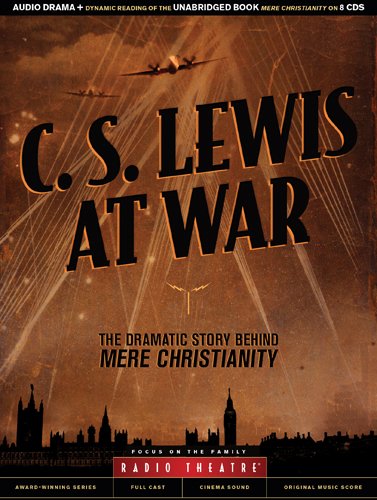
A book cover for C. S. Lewis at War: The Dramatic Story Behind Mere Christianity (Radio Theatre); C. S. Lewis; Literature & Fiction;